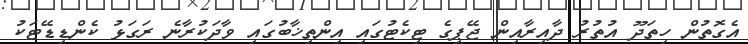
އެގޮތުން ހިތަދޫ އުތުރު ދާއިރާއިން ޖޭޕީގެ ޓިކެޓުގައި އިންތިޚާބުގައި ވާދަކުރާނެ ރަގަޅު ކެންޑިޑޭޓަކު